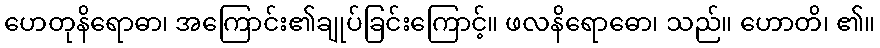
ဟေတုနိရောဓာ၊ အကြောင်း၏ချုပ်ခြင်းကြောင့်။ ဖလနိရောဓော၊ သည်။ ဟောတိ၊ ၏။